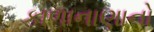
કાળાનાણાનો